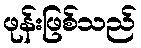
ဖုန်းဖြစ်သည်